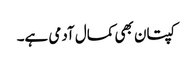
کپتان بھی کمال آدمی ہے۔